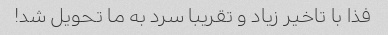
فذا با تاخیر زیاد و تقریبا سرد به ما تحویل شد!